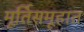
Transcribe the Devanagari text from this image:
मूर्तिसमूहात